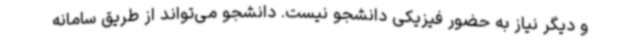
و دیگر نیاز به حضور فیزیکی دانشجو نیست. دانشجو می‌تواند از طریق سامانه